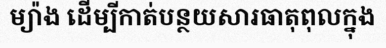
ម្យ៉ាង ដើម្បីកាត់បន្ថយសារធាតុពុលក្នុង